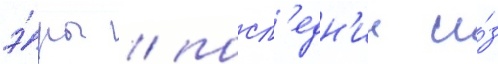
э́ры / посл'едн'ии и́з